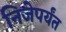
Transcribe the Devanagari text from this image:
निजेपर्यंत